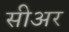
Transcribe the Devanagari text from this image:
सीअर